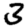
Digit: 3